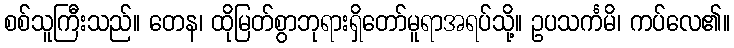
စစ်သူကြီးသည်။ တေန၊ ထိုမြတ်စွာဘုရားရှိတော်မူရာအရပ်သို့။ ဥပသင်္ကမိ၊ ကပ်လေ၏။